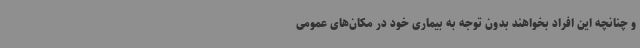
و چنانچه این افراد بخواهند بدون توجه به بیماری خود در مکان‌های عمومی